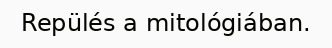
Repülés a mitológiában.